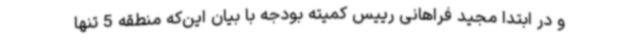
و در ابتدا مجید فراهانی رییس کمیته بودجه با بیان این‌که منطقه 5 تنها